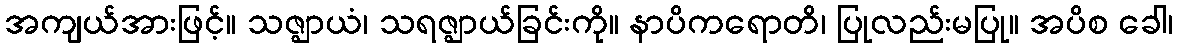
အကျယ်အားဖြင့်။ သဇ္ဈာယံ၊ သရဇ္ဈာယ်ခြင်းကို။ နာပိကရောတိ၊ ပြုလည်းမပြု။ အပိစ ခေါ၊